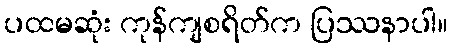
ပထမဆုံး ကုန်ကျစရိတ်က ပြဿနာပါ။